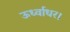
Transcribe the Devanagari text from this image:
ऊर्ध्वाधर।